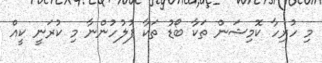
މި ހުރިހާ ކޮމިޝަން ތަކާ ބޯޑު ތަކާ ފުލުހުންނާ މި ކުރަނީ ކީއް